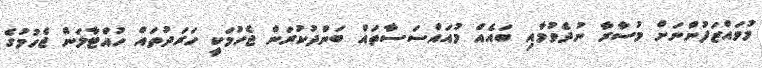
މުވައްޒަފުންނަށް މުސާރާ ނުދެވުމާއި ބައެއް މުއައްސަސާތައް ބަންދުކުރަން ޖެހުމަކީ ހަރަދުތައް ހުއްޓާލަން ޖެހުމުގެ